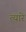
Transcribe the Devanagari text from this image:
त्यारे